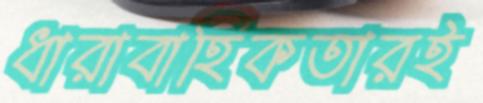
ধারাবাহিকতারই